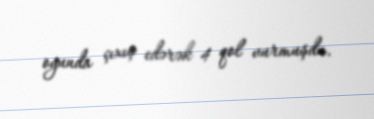
oyunda çıxış edərək 4 qol vurmuşdu.